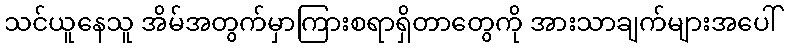
သင်ယူနေသူ အိမ်အတွက်မှာကြားစရာရှိတာတွေကို အားသာချက်များအပေါ်